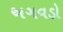
અગવડો